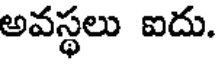
అవస్థలు ఐదు.